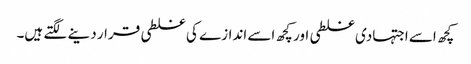
کچھ اسے اجتہادی غلطی اور کچھ اسے اندازے کی غلطی قرار دینے لگتے ہیں۔